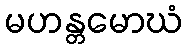
မဟန္တမောဃံ